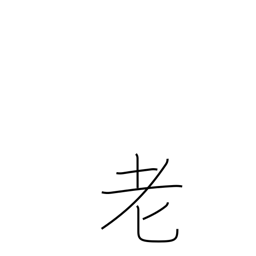
Meaning: grow old